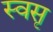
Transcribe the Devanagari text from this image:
स्वसृ